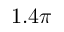
1 . 4 \pi